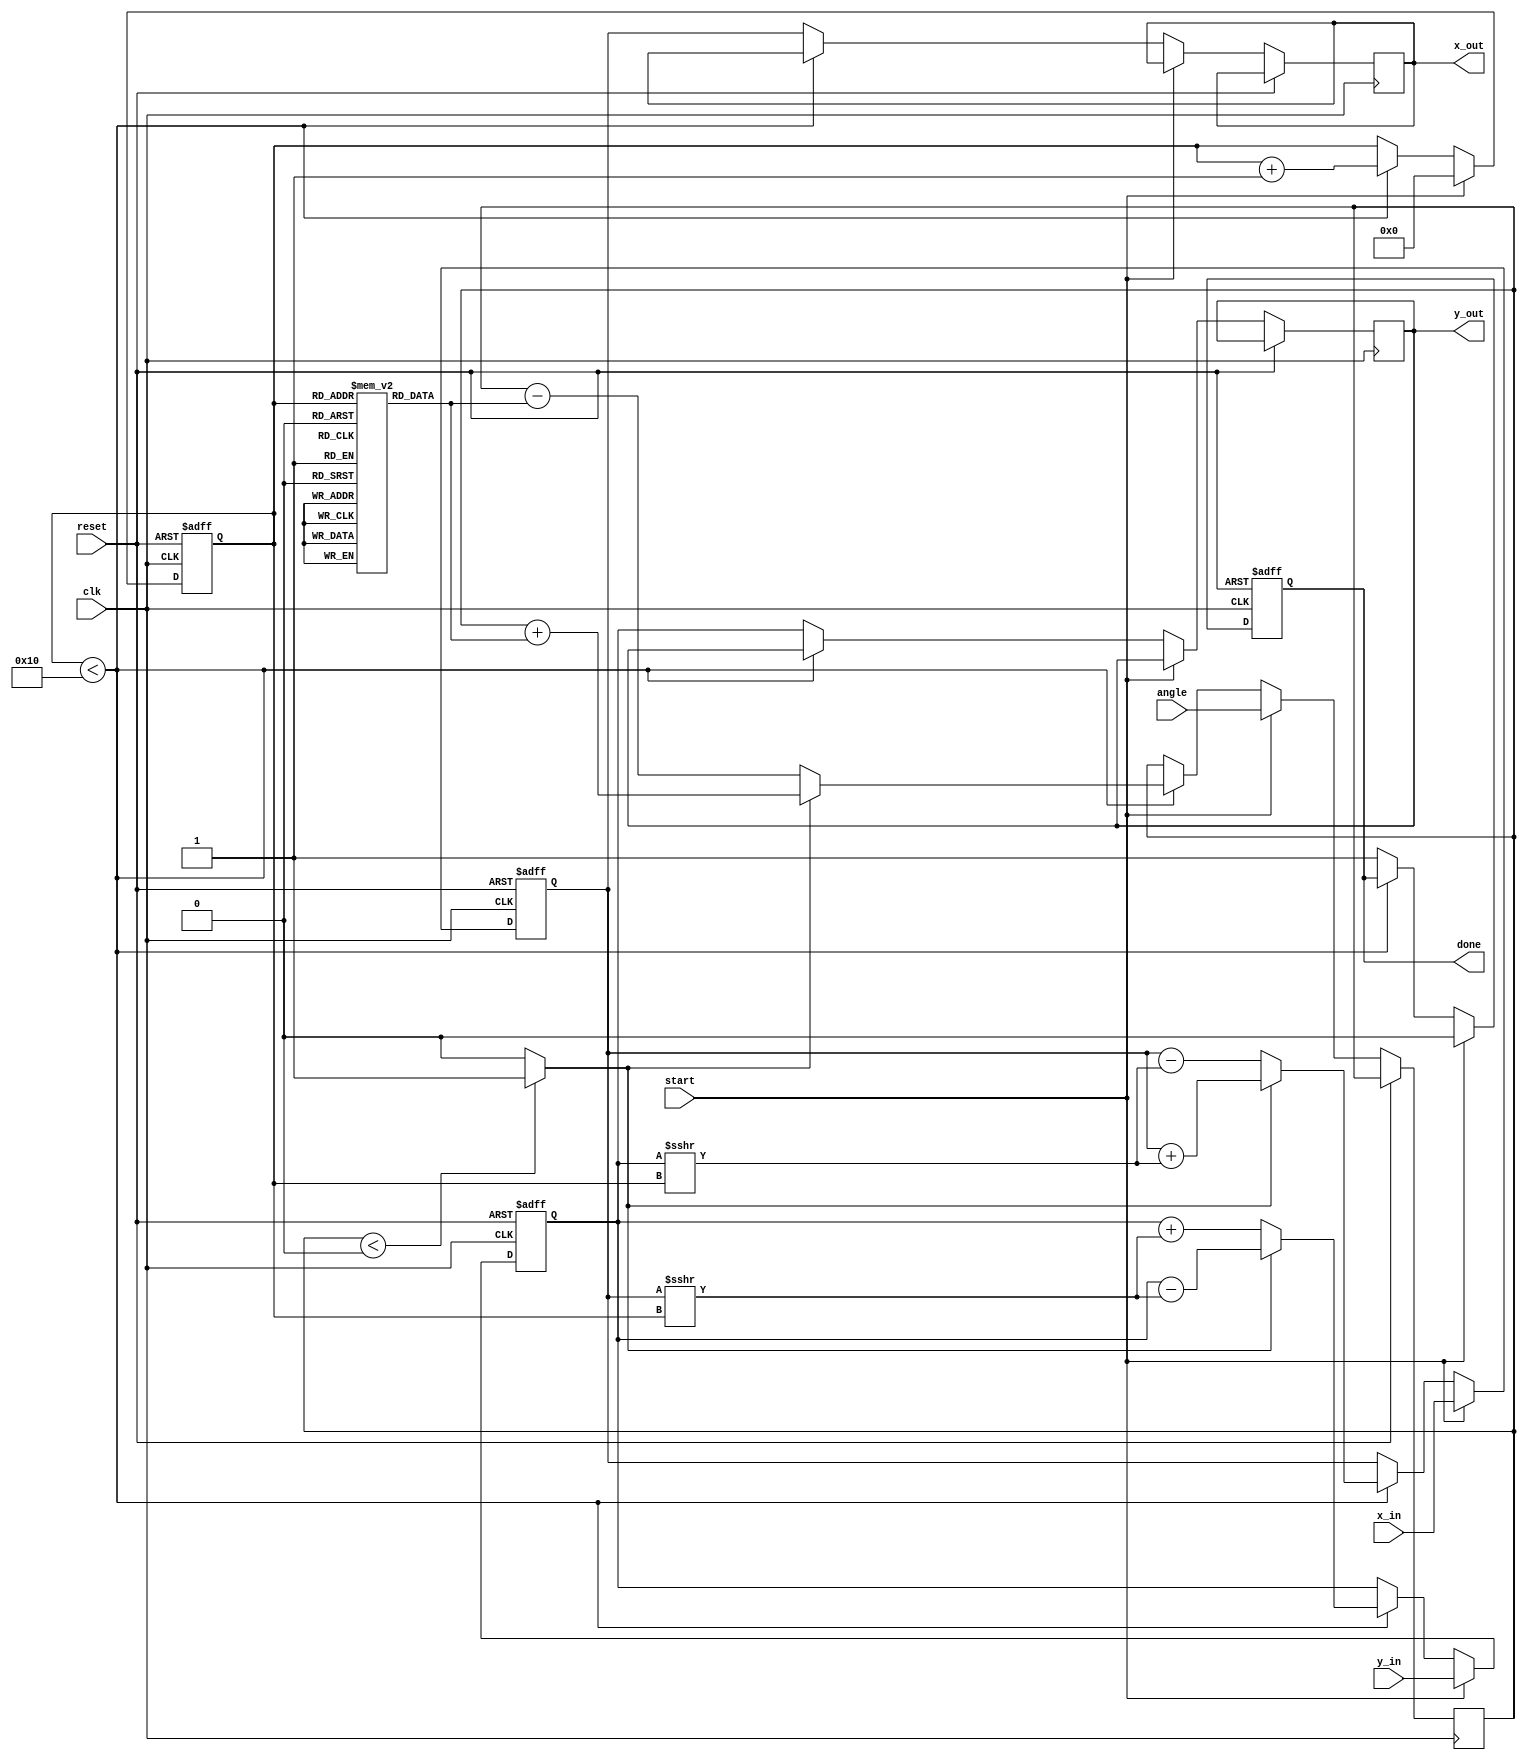
module cordic(
    input wire clk,
    input wire reset,
    input wire [15:0] angle,       // Input angle in fixed-point representation
    input wire signed [15:0] x_in,  // Initial vector x
    input wire signed [15:0] y_in,  // Initial vector y
    input wire start,               // Start signal for the operation
    output reg signed [15:0] x_out, // Resultant x after rotation
    output reg signed [15:0] y_out, // Resultant y after rotation
    output reg done                 // Indicates completion
);

// Parameter Definitions
parameter NUM_ITERATIONS = 16;      // Number of iterations
parameter LUT_SIZE = 16;             // Size of the LUT
parameter FIXED_POINT_WIDTH = 16;    // Width of the fixed-point representation

// Look-Up Table for arctangent values (in fixed-point)
reg signed [FIXED_POINT_WIDTH-1:0] atan_table[LUT_SIZE-1:0];
initial begin
    atan_table[0] = 16'h0000;  // atan(0)
    atan_table[1] = 16'h3243;  // atan(1)
    atan_table[2] = 16'h1DAC;  // atan(1/2)
    atan_table[3] = 16'h16C1;  // atan(1/4)
    atan_table[4] = 16'h0DB5;  // atan(1/8)
    atan_table[5] = 16'h0A4B;  // atan(1/16)
    // Fill remaining values as needed...
end

// Internal registers
reg signed [FIXED_POINT_WIDTH-1:0] x_reg, y_reg;
reg [3:0] iteration_count;
reg signed [FIXED_POINT_WIDTH-1:0] angle_reg;
reg signed [FIXED_POINT_WIDTH-1:0] atan_val;
reg rotation_direction;

// Control Logic
always @(posedge clk or posedge reset) begin
    if (reset) begin
        x_reg <= 0;
        y_reg <= 0;
        iteration_count <= 0;
        done <= 0;
    end else if (start) begin
        x_reg <= x_in;
        y_reg <= y_in;
        angle_reg <= angle;
        iteration_count <= 0;
        done <= 0;
    end else if (iteration_count < NUM_ITERATIONS) begin
        atan_val = atan_table[iteration_count]; // Fetch atan value from LUT
        rotation_direction = (angle_reg < 0) ? 1 : 0; // Determine rotation direction

        // Perform rotation
        if (rotation_direction) begin
            // Counterclockwise rotation
            x_reg <= x_reg + (y_reg >>> iteration_count);
            y_reg <= y_reg - (x_reg >>> iteration_count);
            angle_reg <= angle_reg + atan_val;
        end else begin
            // Clockwise rotation
            x_reg <= x_reg - (y_reg >>> iteration_count);
            y_reg <= y_reg + (x_reg >>> iteration_count);
            angle_reg <= angle_reg - atan_val;
        end

        iteration_count <= iteration_count + 1; // Increment iteration counter
    end else begin
        // Operation complete
        x_out <= x_reg;
        y_out <= y_reg;
        done <= 1;
    end
end

endmodule